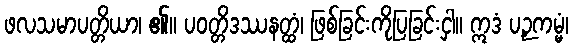
ဖလသမာပတ္တိယာ၊ ၏။ ပဝတ္တိဒဿနတ္ထံ၊ ဖြစ်ခြင်းကိုပြခြင်းငှါ။ ဣဒံ ပဉှကမ္မံ၊